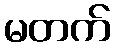
မတက်